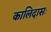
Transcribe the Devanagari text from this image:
कालिदासः